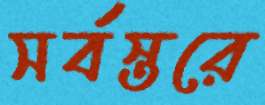
সর্বস্তরে